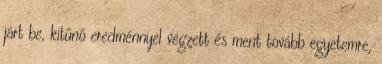
járt be, kitűnő eredménnyel végzett és ment tovább egyetemre,